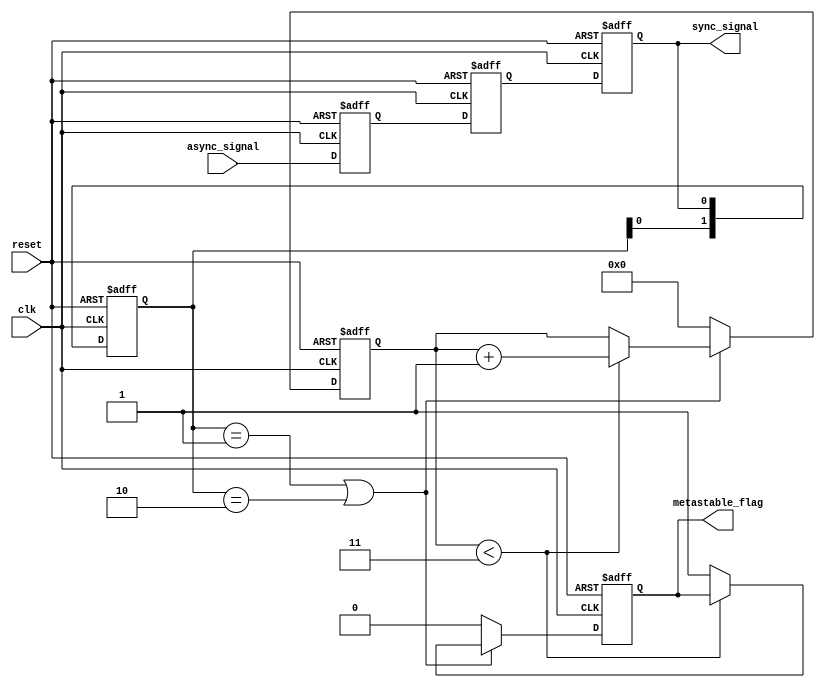
module metastability_detector (
    input wire clk,                 // Clock signal
    input wire reset,               // Asynchronous reset
    input wire async_signal,        // Asynchronous input signal
    output reg sync_signal,         // Synchronized output signal
    output reg metastable_flag      // Metastability indicator
);

    // Internal signals for the double synchronizer
    reg sync_reg1, sync_reg2;
    reg [1:0] sync_history;         // History to detect changes
    reg [3:0] timer;                // Timer for metastability detection

    // Parameters for timing
    parameter METASTABILITY_THRESHOLD = 4'd3; // Adjust as needed
    
    always @(posedge clk or posedge reset) begin
        if (reset) begin
            sync_reg1 <= 1'b0;
            sync_reg2 <= 1'b0;
            sync_signal <= 1'b0;
            metastable_flag <= 1'b0;
            timer <= 4'd0;
            sync_history <= 2'b00;
        end else begin
            // First stage of synchronization
            sync_reg1 <= async_signal;
            // Second stage of synchronization
            sync_reg2 <= sync_reg1;
            // Update the synchronized signal
            sync_signal <= sync_reg2;

            // Detect changes in the synchronized signal
            sync_history <= {sync_history[0], sync_signal};

            // Metastability detection logic
            if (sync_history == 2'b01 || sync_history == 2'b10) begin
                // A transition occurred
                if (timer < METASTABILITY_THRESHOLD) begin
                    timer <= timer + 1;
                end else begin
                    metastable_flag <= 1'b1; // Assert metastability flag
                end
            end else begin
                // No transition, reset timer
                timer <= 4'd0;
                metastable_flag <= 1'b0; // Deassert metastability flag
            end
        end
    end

endmodule